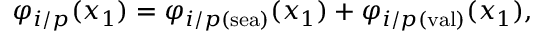
\varphi _ { i / p } ( x _ { 1 } ) = \varphi _ { i / p ( \mathrm { s e a } ) } ( x _ { 1 } ) + \varphi _ { i / p ( \mathrm { v a l } ) } ( x _ { 1 } ) ,